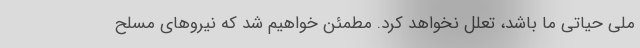
ملی حیاتی ما باشد، تعلل نخواهد کرد. مطمئن خواهیم شد که نیروهای مسلح